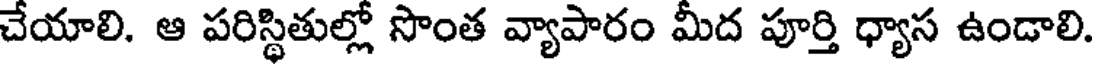
చేయాలి. ఆ పరిస్థితుల్లో సొంత వ్యాపారం మీద పూర్తి ధ్యాస ఉండాలి